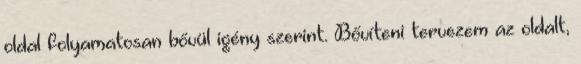
oldal folyamatosan bővül igény szerint. Bővíteni tervezem az oldalt,